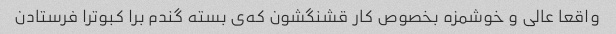
واقعا عالی و خوشمزه بخصوص کار قشنگشون که‌ی بسته گندم برا کبوترا فرستادن